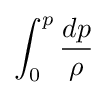
\int _{0}^{p}{\frac {dp}{\rho {}}}